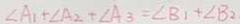
\angle A _ { 1 } + \angle A _ { 2 } + \angle A _ { 3 } = \angle B _ { 1 } + \angle B _ { 2 }